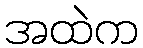
အထဲက